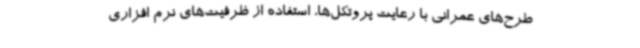
طرح‌های عمرانی با رعایت پروتکل‌ها، استفاده از ظرفیت‌های نرم افزاری